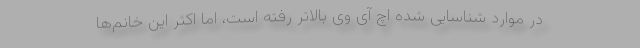
در موارد شناسایی شده اچ آی وی بالاتر رفته است، اما اکثر این خانم‌ها